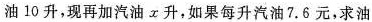
油10升，现再加汽油x升，如果每升汽油7.6元，求油